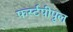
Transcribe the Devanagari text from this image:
फर्स्टपीपुल